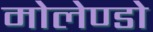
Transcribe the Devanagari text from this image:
मोलेण्डो